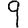
Digit: 9